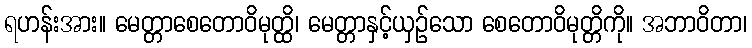
ရဟန်းအား။ မေတ္တာစေတောဝိမုတ္ထိ၊ မေတ္တာနှင့်ယှဉ်သော စေတောဝိမုတ္တိကို။ အဘာဝိတာ၊